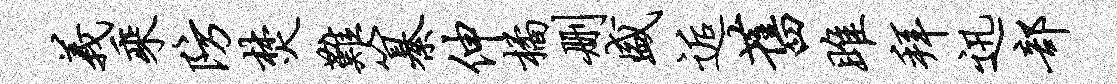
义乘防焚难纂伸橘删盛逅旧雎拜迅部